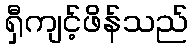
ရှီကျင့်ဖိန်သည်